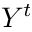
Y ^ { t }